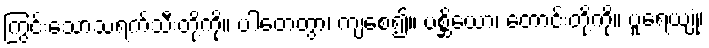
ကြွင်းသောသရက်သီးတို့ကို။ ပါတေတွာ၊ ကျစေ၍။ ပစ္ဆိယော၊ တောင်းတို့ကို။ ပူရေယျုံ၊